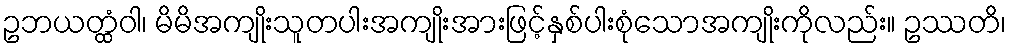
ဥဘယတ္ထံဝါ၊ မိမိအကျိုးသူတပါးအကျိုးအားဖြင့်နှစ်ပါးစုံသောအကျိုးကိုလည်း။ ဥဿတိ၊